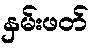
နှမ်းဖတ်